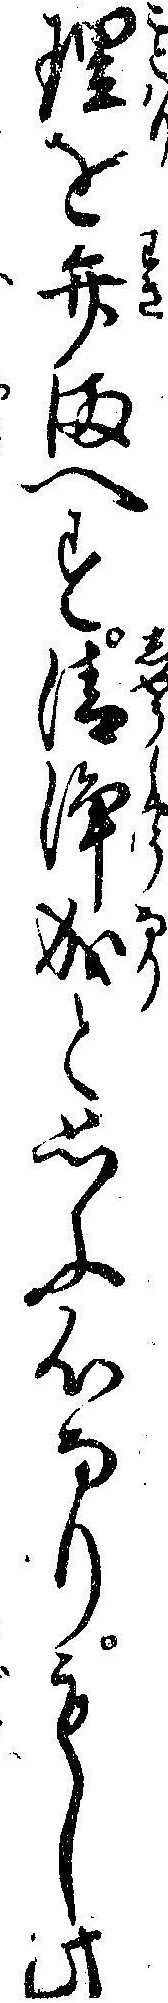
理を弁まへす清浄成と思ふ心なりもし此